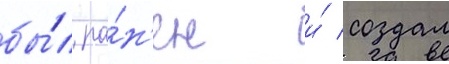
бы́л ра́н'ен и́ создал